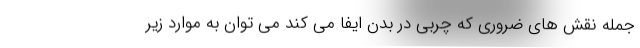
جمله نقش های ضروری که چربی در بدن ایفا می کند می توان به موارد زیر